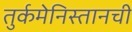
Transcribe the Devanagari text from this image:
तुर्कमेनिस्तानची